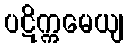
ပဋိက္ကမေယျ